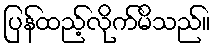
ပြန်ထည့်လိုက်မိသည်။